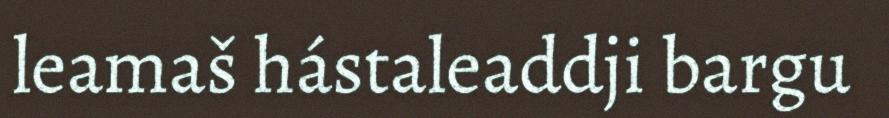
leamaš hástaleaddji bargu